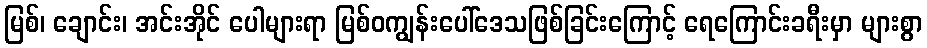
မြစ်၊ ချောင်း၊ အင်းအိုင် ပေါများရာ မြစ်ဝကျွန်းပေါ်ဒေသဖြစ်ခြင်းကြောင့် ရေကြောင်းခရီးမှာ များစွာ